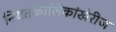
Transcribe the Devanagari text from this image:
नियतकालिकांखेरीज